Annual administration report of the Bombay Presidency - 1887-1892
Year: 1887
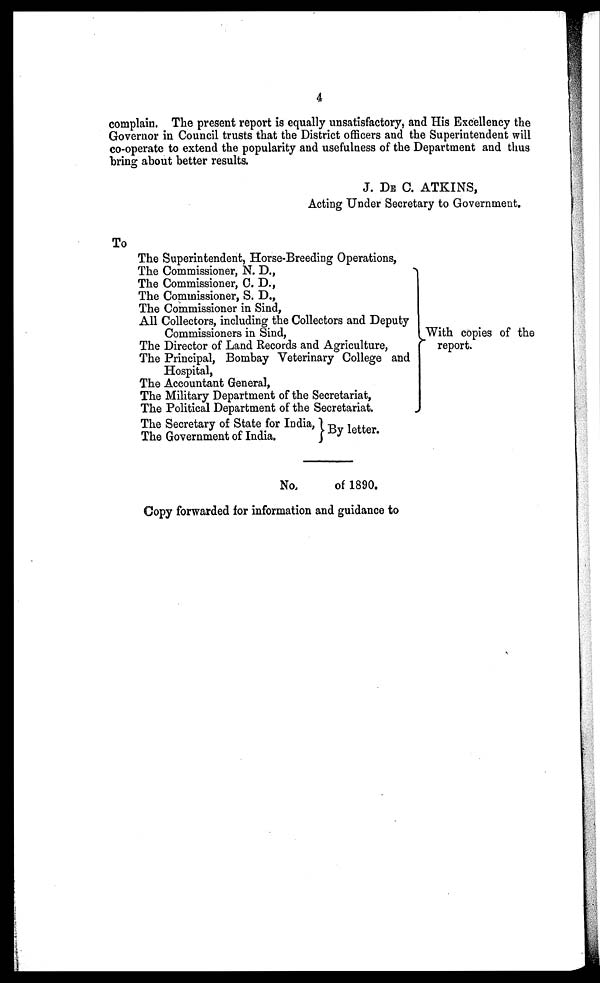
4
complain. The present report is equally unsatisfactory, and His Excellency the
Governor in Council trusts that the District officers and the Superintendent will
co-operate to extend the popularity and usefulness of the Department and thus
bring about better results.
J. DE C. ATKINS,
Acting Under Secretary to Government.
To
The Superintendent, Horse-Breeding Operations,
The Commissioner, N. D.,
The Commissioner, C. D.,
The Commissioner, S. D.,
The Commissioner in Sind,
All Collectors, including the Collectors and Deputy
Commissioners in Sind,
The Director of Land Records and Agriculture,
The Principal, Bombay Veterinary College and
Hospital,
The Accountant General,
The Military Department of the Secretariat,
The Political Department of the Secretariat
The Secretary of State for India,
The Government of India.
With copies of the
report.
By letter.
No.
of 1890.
Copy forwarded for information and guidance to